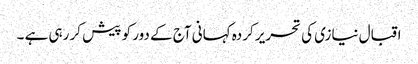
اقبال نیازی کی تحریر کردہ کہانی آج کے دور کو پیش کر رہی ہے ۔